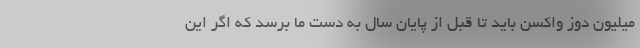
میلیون دوز واکسن باید تا قبل از پایان سال به دست ما برسد که اگر این